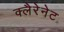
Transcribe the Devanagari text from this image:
क्लैरेनेट